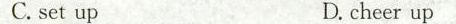
C. set up D. cheer up